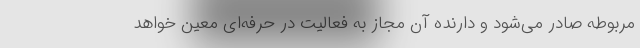
مربوطه صادر می‌شود و دارنده آن مجاز به فعالیت در حرفه‌ای معین خواهد